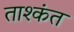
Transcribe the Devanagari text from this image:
ताश्कंत